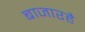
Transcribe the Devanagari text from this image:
बाजारहै